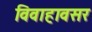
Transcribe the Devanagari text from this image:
विवाहावसर